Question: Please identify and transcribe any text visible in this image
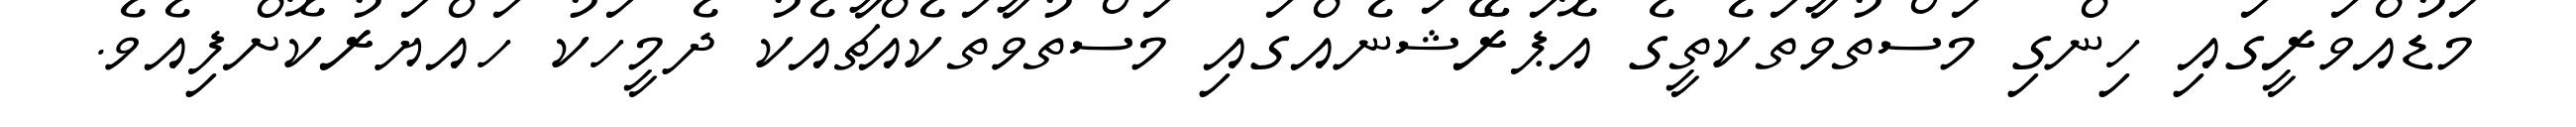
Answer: މަޑުއްވަރީގައި ހިންގި މަސްތުވާތަކެތީގެ އޮޕަރޭޝަނެއްގައި މަސްތުވާތަކެއްޗާއެކު ދެމީހަކު ހައްޔަރުކޮށްފިއެވެ.